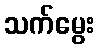
သက်မွေး